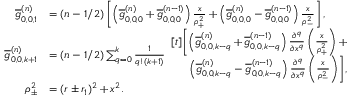
\begin{array} { r l } { \overline { { g } } _ { 0 , 0 , 1 } ^ { ( n ) } } & { = ( n - 1 / 2 ) \left[ \left( \overline { { g } } _ { 0 , 0 , 0 } ^ { ( n ) } + \overline { { g } } _ { 0 , 0 , 0 } ^ { ( n - 1 ) } \right) \frac { x } { \rho _ { + } ^ { 2 } } + \left( \overline { { g } } _ { 0 , 0 , 0 } ^ { ( n ) } - \overline { { g } } _ { 0 , 0 , 0 } ^ { ( n - 1 ) } \right) \frac { x } { \rho _ { - } ^ { 2 } } \right] , } \\ { \overline { { g } } _ { 0 , 0 , k + 1 } ^ { ( n ) } } & { = ( n - 1 / 2 ) \sum _ { q = 0 } ^ { k } \frac { 1 } { q ! ( k + 1 ) } \begin{array} { r } { [ t ] \biggl [ \left( \overline { { g } } _ { 0 , 0 , k - q } ^ { ( n ) } + \overline { { g } } _ { 0 , 0 , k - q } ^ { ( n - 1 ) } \right) \frac { \partial ^ { q } } { \partial x ^ { q } } \left( \frac { x } { \rho _ { + } ^ { 2 } } \right) + } \\ { \left( \overline { { g } } _ { 0 , 0 , k - q } ^ { ( n ) } - \overline { { g } } _ { 0 , 0 , k - q } ^ { ( n - 1 ) } \right) \frac { \partial ^ { q } } { \partial x ^ { q } } \left( \frac { x } { \rho _ { - } ^ { 2 } } \right) \biggr ] , } \end{array} } \\ { \rho _ { \pm } ^ { 2 } } & { = ( r \pm r _ { 1 } ) ^ { 2 } + x ^ { 2 } . } \end{array}